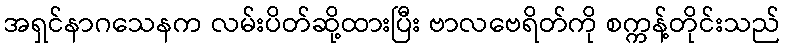
အရှင်နာဂသေနက လမ်းပိတ်ဆို့ထားပြီး ဗာလဗေရိတ်ကို စက္ကန့်တိုင်းသည်